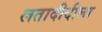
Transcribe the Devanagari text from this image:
लतादीदीला